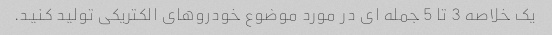
یک خلاصه 3 تا 5 جمله ای در مورد موضوع خودروهای الکتریکی تولید کنید.